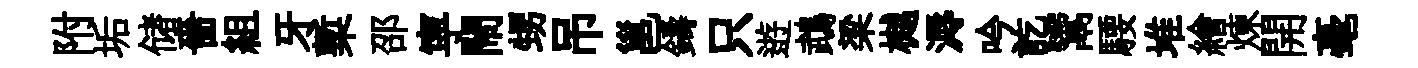
附垢储嗇組牙槧邵寜閙甥吊邕鑄只逰鵡梁樾溽吟訖鬻騕堆繪煉開毫